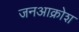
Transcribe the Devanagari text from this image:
जनआक्रोश